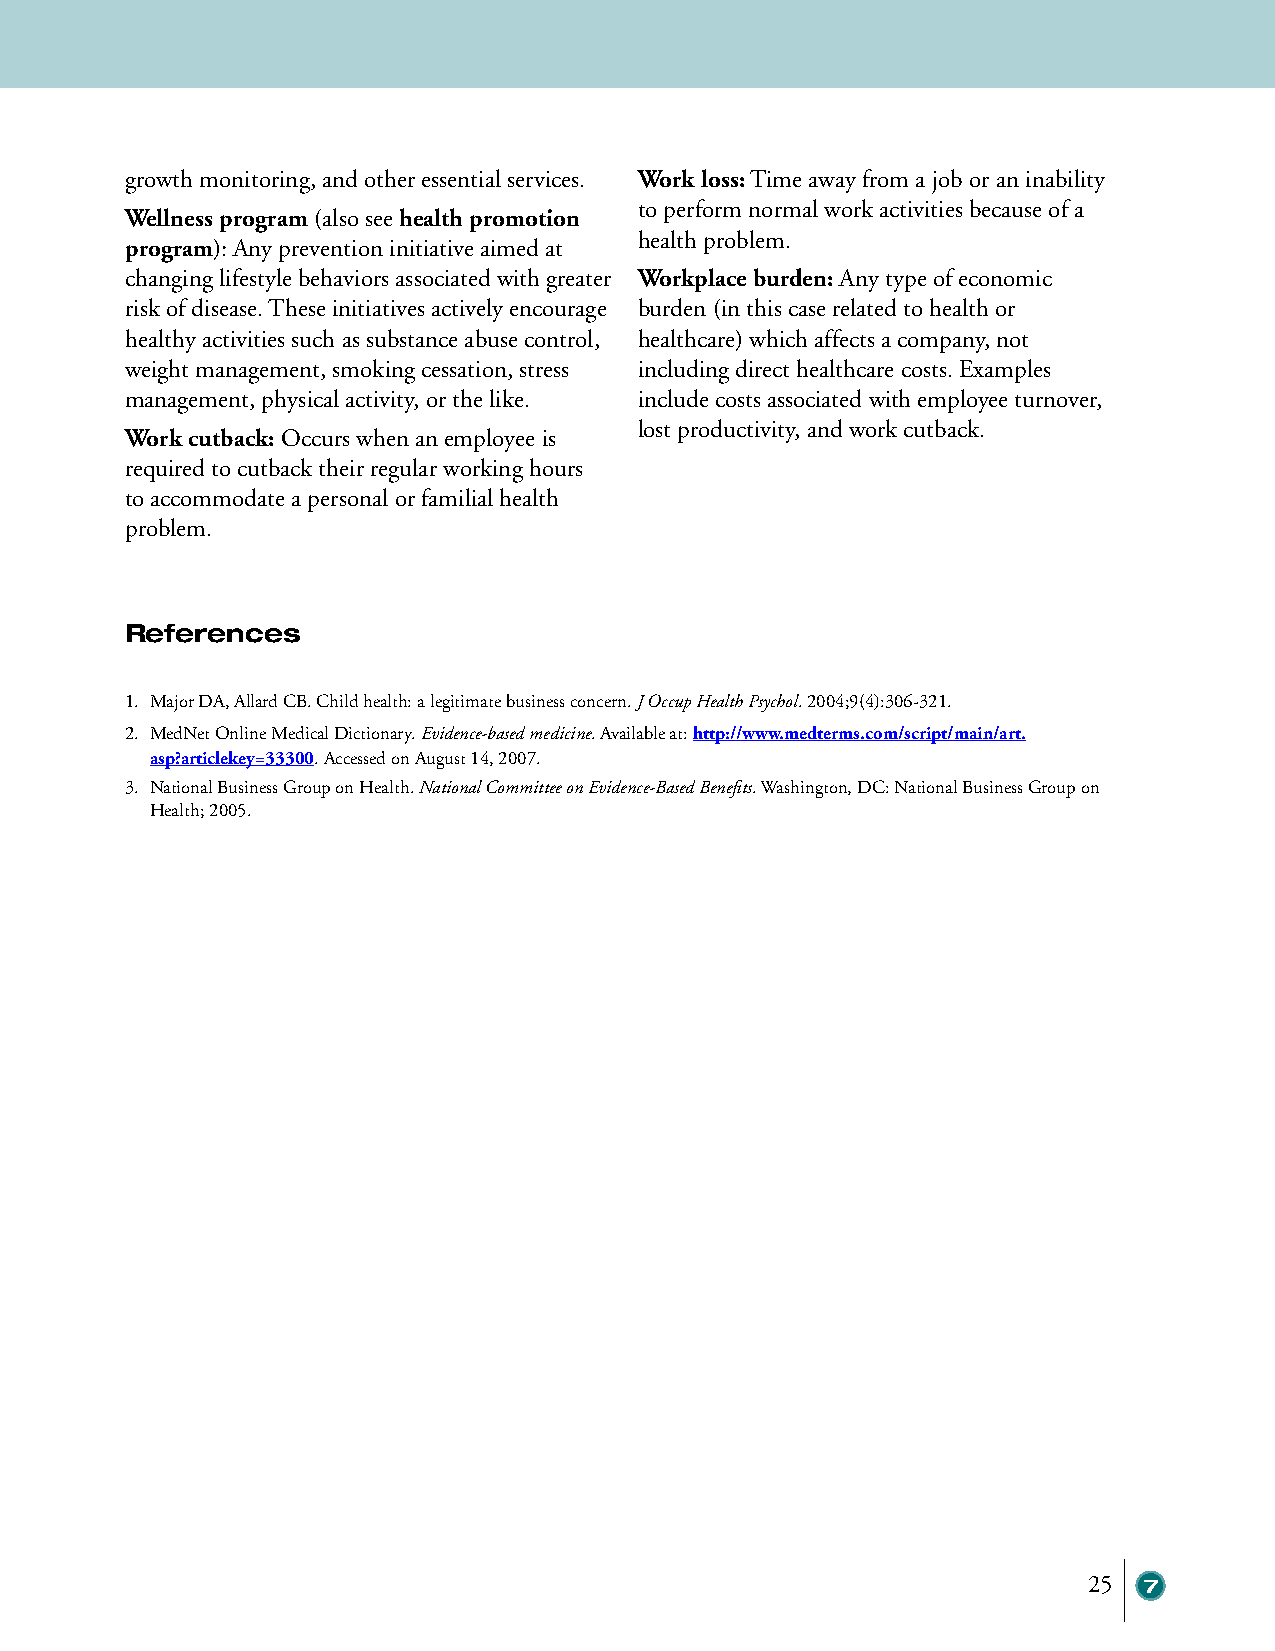
growth monitoring, and other essential services. Work loss: Time away from a job or an inability
 to perform normal work activities because of a
 Wellness program (also see health promotion
 health problem.
 program): Any prevention initiative aimed at
 changing lifestyle behaviors associated with greater Workplace burden: Any type of economic
 risk of disease. These initiatives actively encourage burden (in this case related to health or
 healthy activities such as substance abuse control, healthcare) which affects a company, not
 weight management, smoking cessation, stress including direct healthcare costs. Examples
 management, physical activity, or the like. include costs associated with employee turnover,
 lost productivity, and work cutback.
 Work cutback: Occurs when an employee is
 required to cutback their regular working hours
 to accommodate a personal or familial health
 problem.
 References
 1. Major DA, Allard CB. Child health: a legitimate business concern. J Occup Health Psychol. 2004;9(4):306-321.
 2. MedNet Online Medical Dictionary. Evidence-based medicine. Available at: http://www.medterms.com/script/main/art.
 asp?articlekey=33300. Accessed on August 14, 2007.
 3. National Business Group on Health. National Committee on Evidence-Based Benefits. Washington, DC: National Business Group on
 Health; 2005.
 25  7